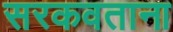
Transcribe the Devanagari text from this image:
सरकवताना